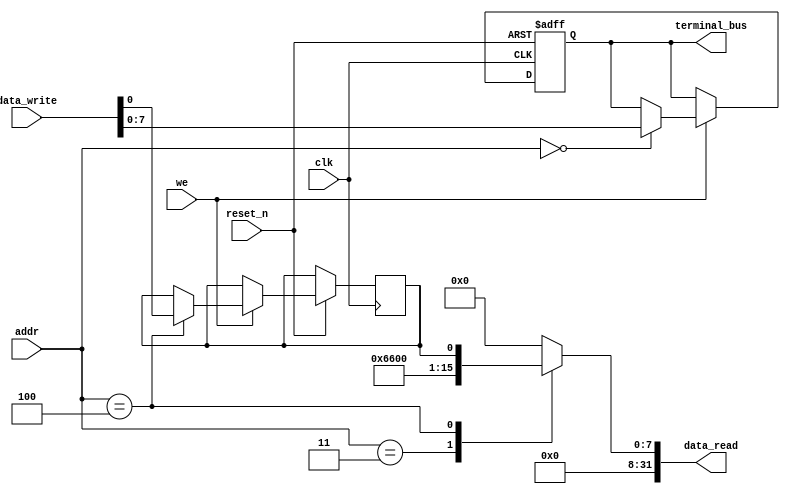
module terminal(
        input   wire            clk,
        input   wire            reset_n,
        input   wire            we,
        input   wire    [31:0]  addr,
        output  reg     [31:0]  data_read,
        input   wire    [31:0]  data_write,
        output  reg     [7:0]   terminal_bus = 8'h0
);
    
    // addr = 0 : terminal_bus  (8bit, [7:0])
    // addr = 1 : uart_tx       (8bit, [7:0])
    // addr = 2 : uart_tx_en    (1bit, [0:0])
    // addr = 3 : uart_rx       (8bit, [7:0])
    // addr = 4 : uart_rx_done  (1bit, [0:0])
    
    
    // reg [7:0] terminal_bus;
    reg [127:0] terminal_block = 128'h0;
    
    
    //wire terminal_data_changed;
    //reg [7:0] uart_tx_buf = 8'h0;
    //reg terminal_data_changed = 1'b0;
    reg [7:0] uart_rx_buf = 8'hCC;  // for test,  8'hCC
    reg uart_rx_done_flag = 1'b1;   // for test,  1'b1
    
    //assign data_read = 32'hFFFFFFFF;
    
    //assign terminal_data_changed = reset_n && we && (addr[31:8] == 24'h0) && clk;

    always @(posedge clk or negedge reset_n)
    begin
        if(!reset_n)
        begin
            terminal_bus <= 8'h0;
            terminal_block <= 128'h0;
            //terminal_data_changed <= 1'b0;
        end
        else
        begin
            /*  write  */
            if(we/* && (addr[31:8] == 24'h0)*/)
            begin
                case(addr)
                    32'h0:
                    begin
                        terminal_bus <= data_write[7:0];
                        terminal_block <= (terminal_block << 8) + data_write[7:0];
                    end
                    //32'h1:
                    //begin
                        //uart_tx_buf <= data_write[7:0];
                    //end
                    //32'h2:
                    //begin
                        //if(data_write == 32'b1)
                            //terminal_data_changed <= 1'b1;
                    //end
                    32'h4:
                    begin
                        uart_rx_done_flag <= data_write[0];
                    end
                    default:
                    begin
                        
                    end
                endcase
            end
            //if(terminal_data_changed)
                //terminal_data_changed <= 1'b0;
        end
    end
    
    always@(*)
    begin
        /*  read  */
        case(addr)
            32'h3:
            begin
                data_read <= {24'b0,uart_rx_buf};
            end
            32'h4:
            begin
                data_read <= {31'b0, uart_rx_done_flag};
            end
            default:
            begin
                data_read <= 32'b0;
            end
        endcase
    end
    
    //always@(negedge clk)
    //begin
        //terminal_data_changed <= 1'b0;
    //end

endmodule // terminal